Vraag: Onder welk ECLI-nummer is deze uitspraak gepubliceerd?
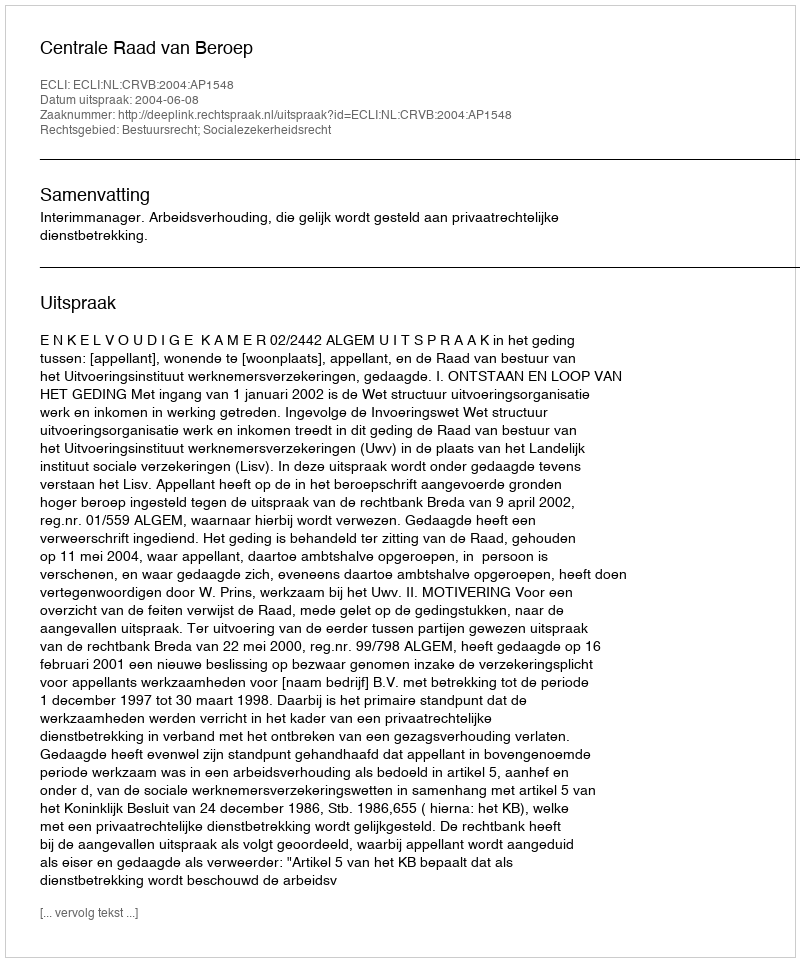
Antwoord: ECLI:NL:CRVB:2004:AP1548